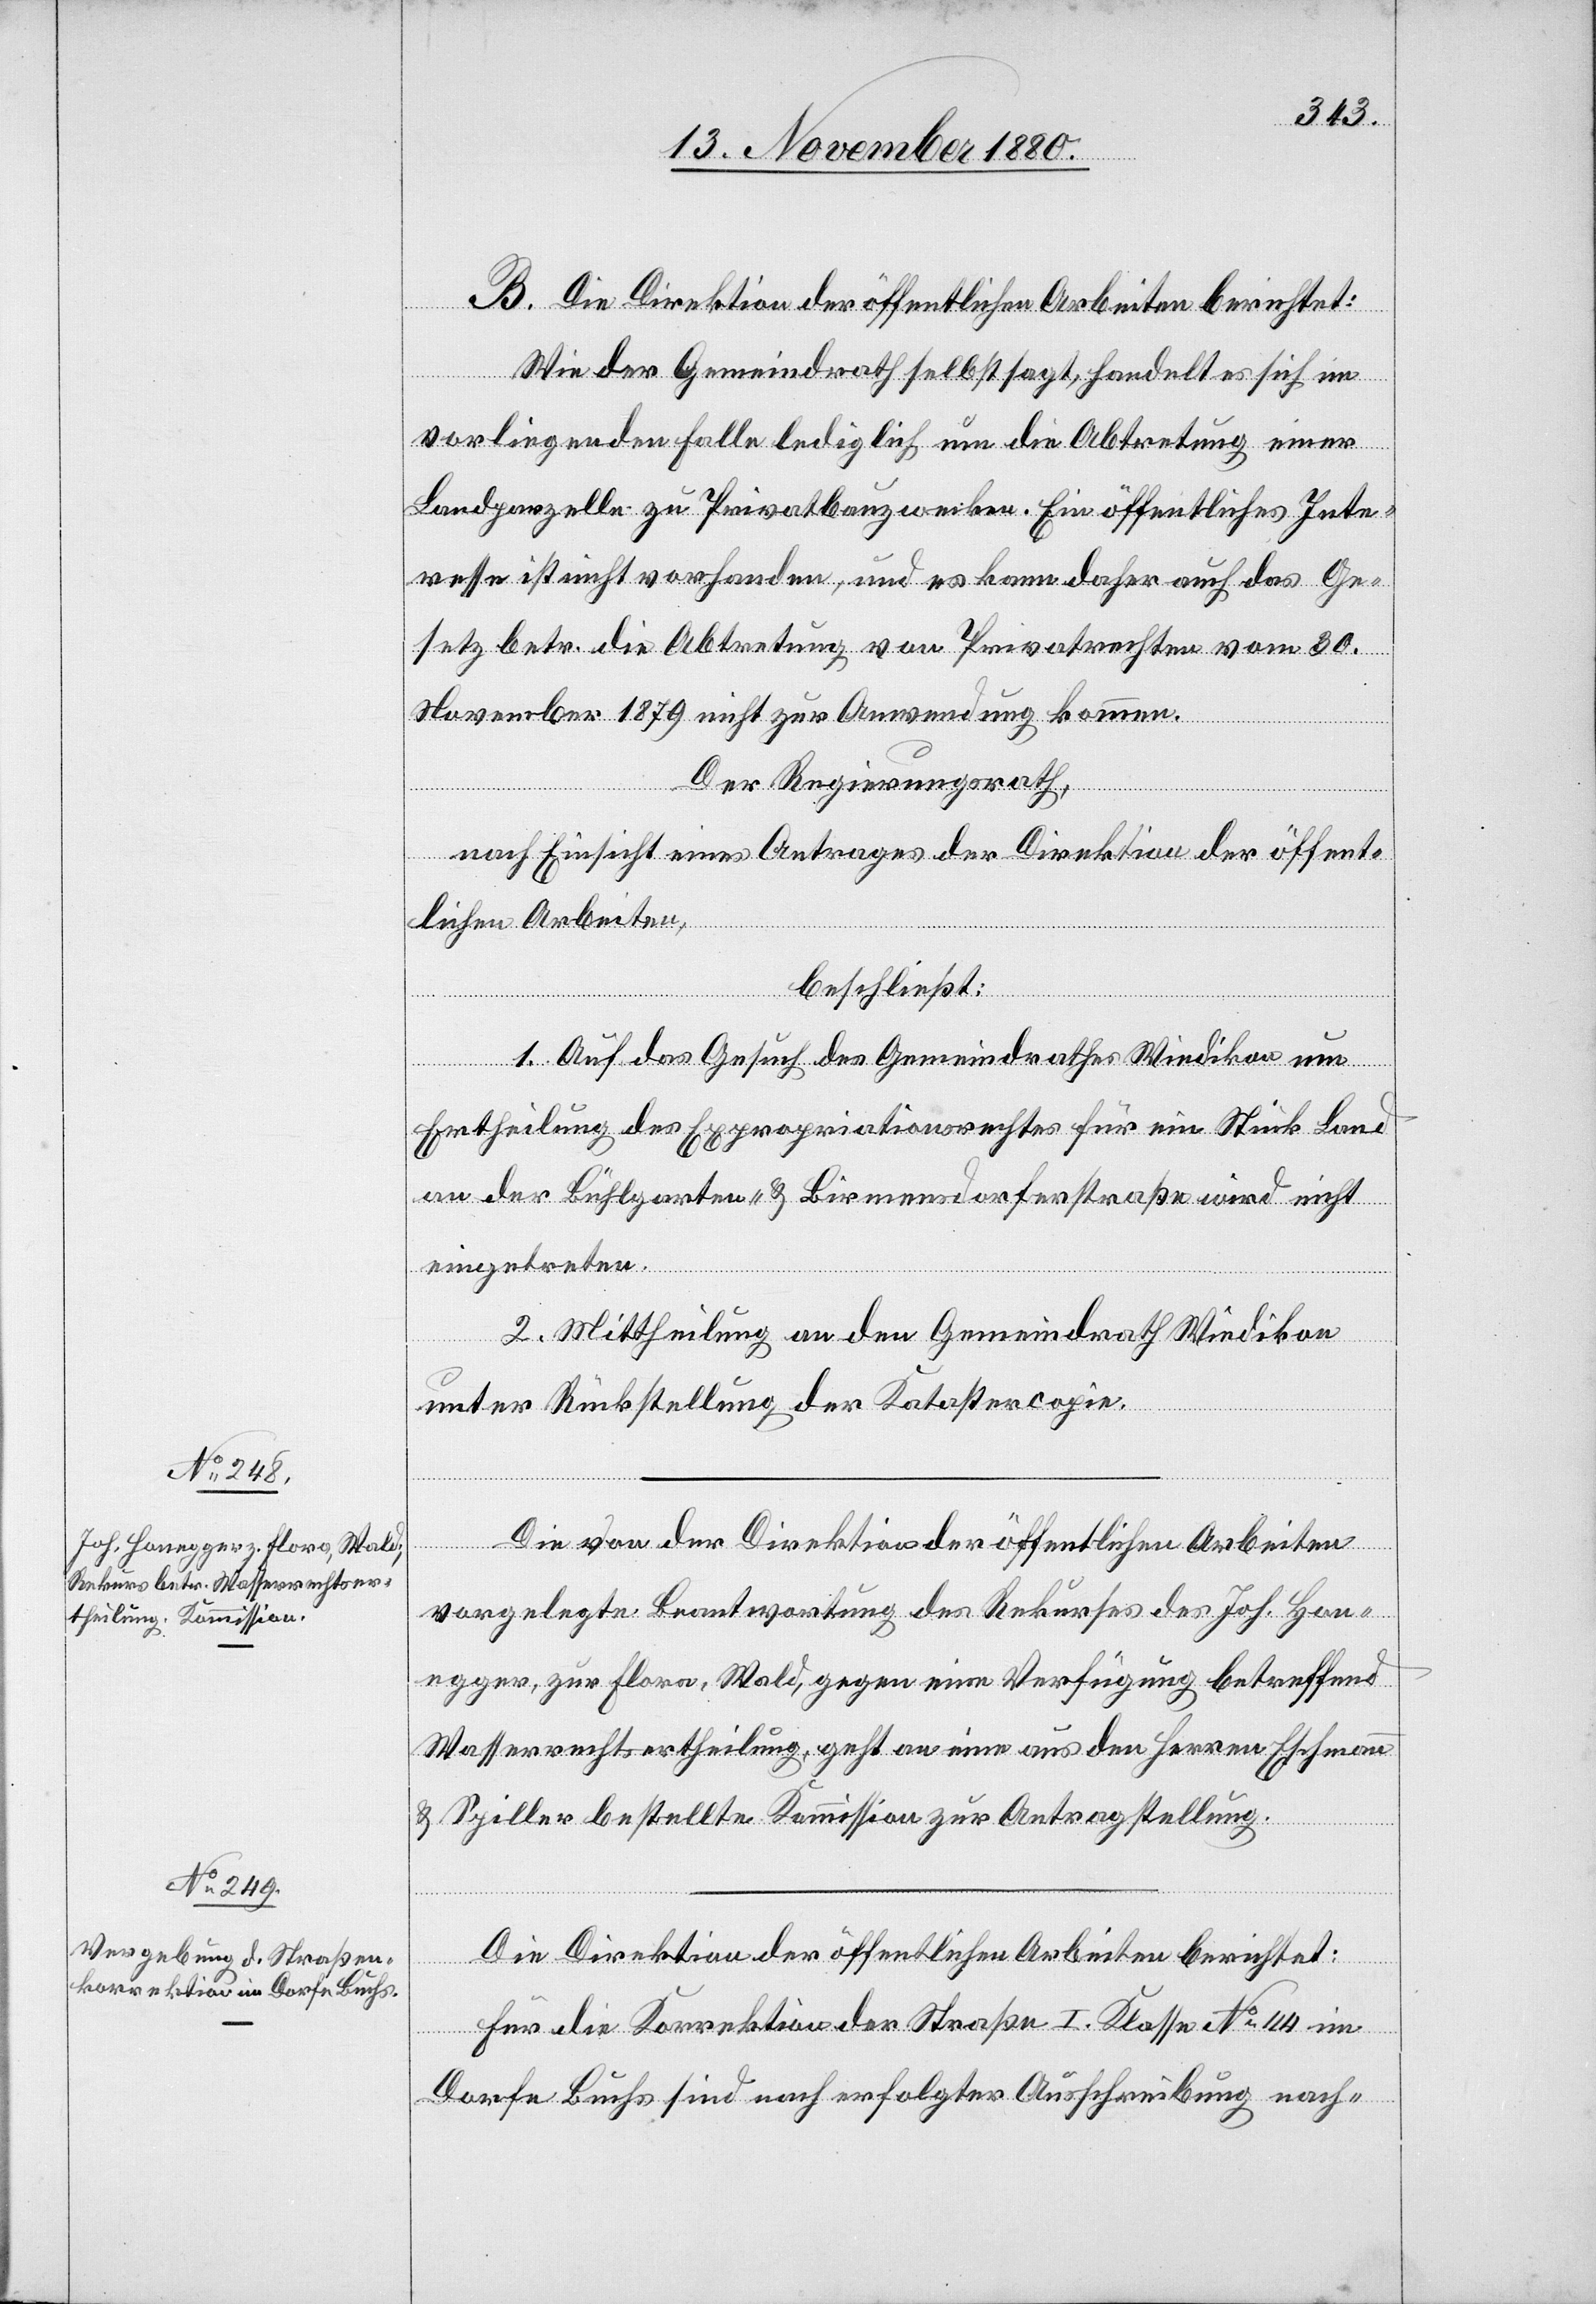
B. Die Direktion der öffentlichen Arbeiten berichtet:
Wie der Gemeindrath selbst sagt, handelt es sich im
vorliegenden Falle lediglich um die Abtretung einer
Landparzelle zu Privatbauzwecken. Ein öffentliches Inte¬
resse ist nicht vorhanden, und es kann daher auch das Ge¬
setz betr. die Abtretung von Privatrechten vom 30.
November 1879 nicht zur Anwendung kommen.
Der Regierungsrath,
nach Einsicht eines Antrages der Direktion der öffent¬
lichen Arbeiten,
beschließt:
1. Auf das Gesuch des Gemeindrathes Wiedikon um
Ertheilung des Expropriationsrechtes für ein Stück Land
an der Bühlgarten- & Birmensdorferstraße wird nicht
eingetreten.
2. Mittheilung an den Gemeindrath Wiedikon
unter Rückstellung der Katastercopie.
Die von der Direktion der öffentlichen Arbeiten
vorgelegte Beantwortung des Rekurses des Joh. Hon¬
egger, zur Flora, Wald, gegen eine Verfügung betreffend
Wasserrechtsertheilung, geht an eine aus den Herren Eschmann
& Spiller bestellte Kommission zur Antragstellung.
Die Direktion der öffentlichen Arbeiten berichtet:
Für die Korrektion der Straße I. Klasse No 44 im
Dorfe Buchs sind nach erfolgter Ausschreibung nach-